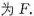
为F.